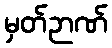
မှတ်ဉာဏ်